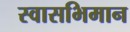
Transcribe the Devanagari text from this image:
स्वासभिमान